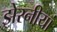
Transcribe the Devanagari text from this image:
झेरनीयां